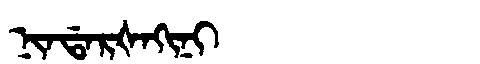
Manchu: ᠨᡳᠨᡩᠠᡵᡧᠠᡴᡳᠨᡳ
Romanization: NINDARŠAKINI